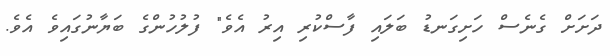
ދަށަށް ގެނެސް ހަށިގަނޑު ބަލައި ފާސްކުރި އިރު އެވެ" ފުލުހުންގެ ބަޔާނުގައިވެ އެވެ.